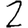
Digit: 2